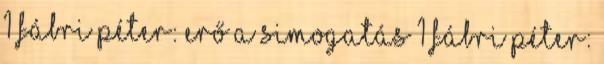
1 Fábri Péter: Erő a simogatás 1 Fábri Péter: